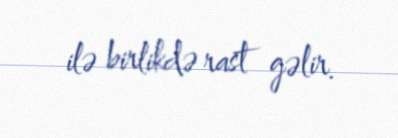
ilə birlikdə rast gəlir.